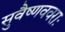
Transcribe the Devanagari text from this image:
सुवैष्णववराः